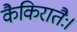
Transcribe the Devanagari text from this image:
कैकिरातैः।